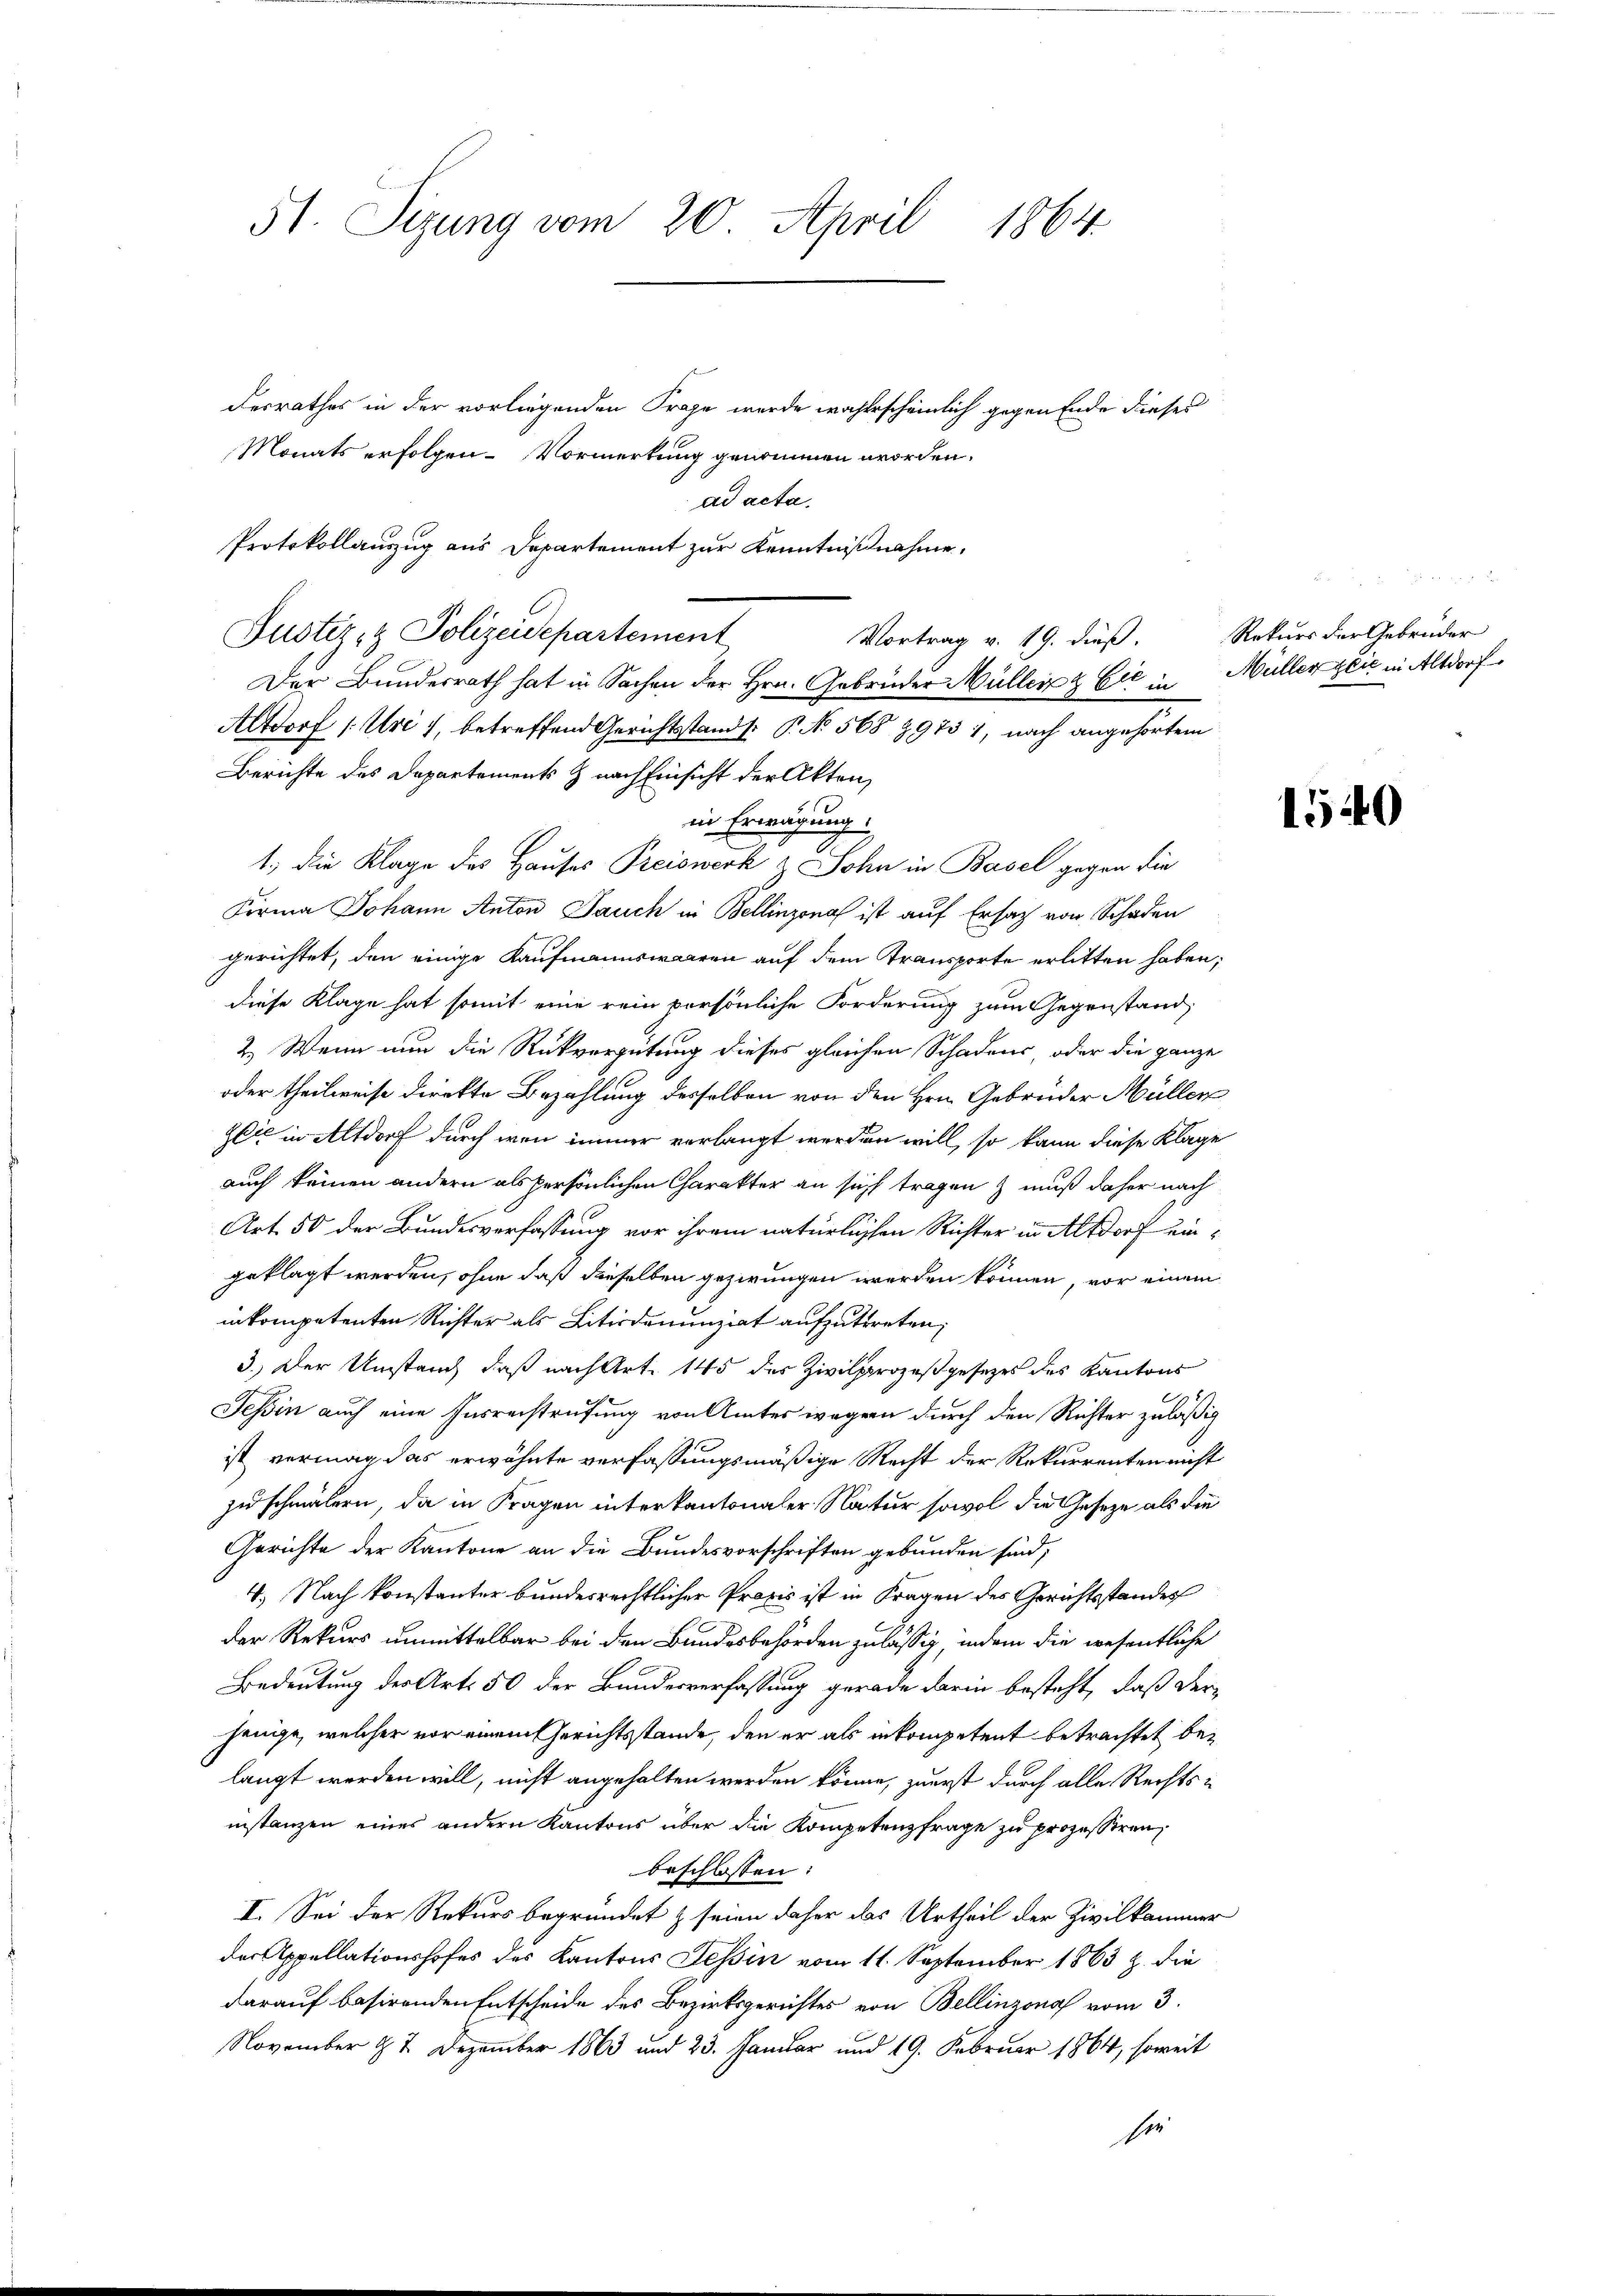
51. Sizung vom 20. April
1864.

desrathes in der vorliegenden Frage wurde wahrscheinlich gegen Ende dieses
Monats erfolgen. Vormerkung genommen worden.
ad acta.
Protokollauszug aus Departement zur Kenntnißnahme,
Justiz- & Polizeidepartement
Der Bundesrath hat in Sachen der Hrn. Gebrüder Müller & Cie in Müller zeit in Altdorf
Altdorf (Uri), betreffend Gerichtsstand. P. No 568 89731, nach angehörtem
Berichte des Departements & nach Einsicht der Akten,
in Erwägung
1., die Klage des Hauses Preiswerk, Sohn in Basel gegen die
Firma Johann Anton Jauch in Bellinzona ist auf Ersatz von Schaden
gerichtet, den einige Kaufmannswaaren auf dem Transporte erlitten haben;
diese Klage hat somit eine rein persönliche Forderung zum Gegenstand,
2. Wenn nun die Rückvergütung dieses gleichen Schadens, oder die ganze
oder theilweise direkte Bezahlung desselben von den Hrn. Gebrüder Müller
Zeit in Altdorf durch wenn immer verlangt werden will, so kann diese Klage
auch keinen andern als persönlichen Charakter an sich tragen & muß daher nach
Art. 50 der Bundesverfassung vor ihrem natürlichen Richter in Altdorf eingeklagt werden, ohne daß dieselben gezwungen werden können, vor einem
inkompetenten Richter als Litirdenunziat aufzutreten,
3.) Der Umstand, daß nach Art. 145 des Zivilprozeßgesezes des Kantons
Tessin auch eine Insrechtrufung von Amtes wegen durch den Richter zuläßig
ist vermag des erwähnte verfassungsmäßige Recht der Rekurrenten nicht
zu schmälern, da in Fragen interkantonaler Natur sowol die Gesetze als die
Gerichte der Kantone an die Bundesvorschriften gebunden sind;
4.) Nach konstanter bundesrechtlicher Praxis ist in Fragen des Gerichtsstandes
der Rekurs unmittelbar bei den Bundesbehörden zulässig, indem die wesentliche
Bedeutung der Art. 50 der Bundesverfassung gerade darin besteht, daß derjenge, welcher vor einem Gerichtsstände, den er als inkompetent betrachtet belangt werden will, nicht angehalten werden könne, zuerst durch alle Rechtsinstanzen eines andern Kantons über die Kompetenzfrage zu prozessiren,
beschlossen:
I. Sei der Rekurs begründet & seien daher das Urtheil der Zivilkammer
der Appellationshofes des Kantons Tessin vom 11. September 1863 z. die
darauf basirenden Entscheide des Bezirksgerichtes von Bellinzona vom 3.
November § 2. Dezember 1863 und 23. Januar und 19. Februar 1864, soweit
sie

Vortrag v. 19. dieß. Rekurs der Gebrüder

1540